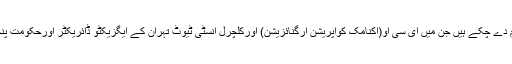
اس سے قبل وہ کئی اہم سرکاری مناصب پر خدمات انجام دے چکے ہیں جن میں ای سی او(اکنامک کوآپریشن آرگنائزیشن) اورکلچرل انسٹی ٹیوٹ تہران کے ایگزیکٹو ڈائریکٹر اورحکومت پنجاب میں سیکرٹری انفارمیشن کے مناصب قابلِ ذکر ہیں۔